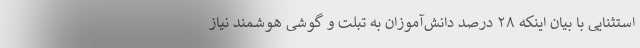
استثنایی با بیان اینکه ۲۸ درصد دانش‌آموزان به تبلت و گوشی هوشمند نیاز